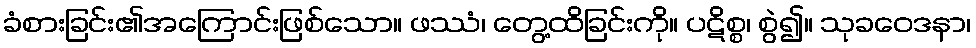
ခံစားခြင်း၏အကြောင်းဖြစ်သော။ ဖဿံ၊ တွေ့ထိခြင်းကို။ ပဋိစ္စ၊ စွဲ၍။ သုခဝေဒနာ၊